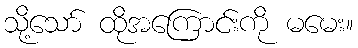
သို့သော် ထိုအကြောင်းကို မမေး။